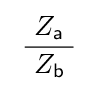
\;{\frac {\ Z_{\mathsf {a}}\ }{Z_{\mathsf {b}}}}\;